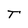
Character: T